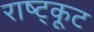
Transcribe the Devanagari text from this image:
राष्ट्कूट